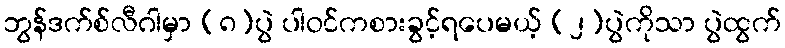
ဘွန်ဒက်စ်လီဂါမှာ (၈)ပွဲ ပါဝင်ကစားခွင့်ရပေမယ့် (၂)ပွဲကိုသာ ပွဲထွက်